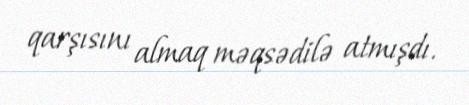
qarşısını almaq məqsədilə atmışdı.